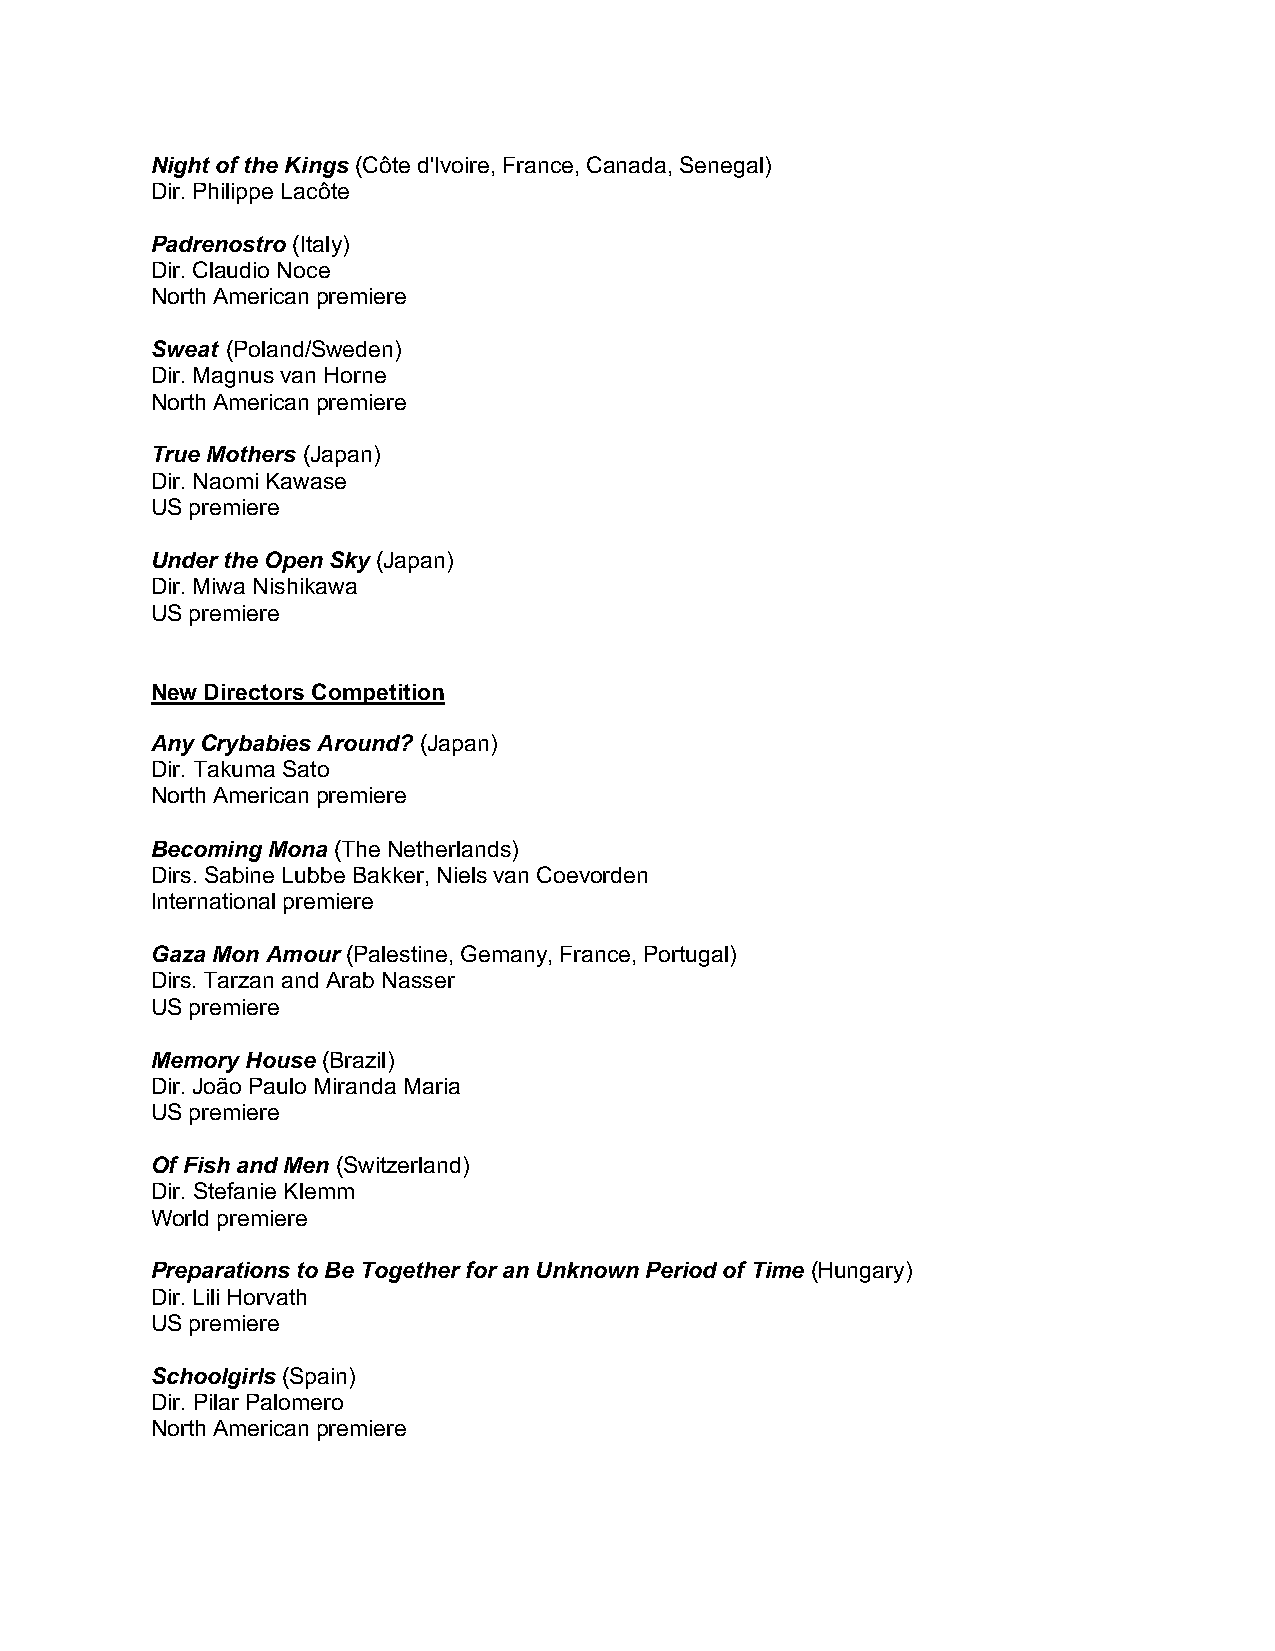
Night of the Kings (Côte d'Ivoire, France, Canada, Senegal)
 Dir. Philippe Lacôte
 Padrenostro (Italy)
 Dir. Claudio Noce
 North American premiere
 Sweat (Poland/Sweden)
 Dir. Magnus van Horne
 North American premiere
 True Mothers (Japan)
 Dir. Naomi Kawase
 US premiere
 Under the Open Sky (Japan)
 Dir. Miwa Nishikawa
 US premiere
 New Directors Competition
 Any Crybabies Around? (Japan)
 Dir. Takuma Sato
 North American premiere
 Becoming Mona (The Netherlands)
 Dirs. Sabine Lubbe Bakker, Niels van Coevorden
 International premiere
 Gaza Mon Amour (Palestine, Gemany, France, Portugal)
 Dirs. Tarzan and Arab Nasser
 US premiere
 Memory House (Brazil)
 Dir. João Paulo Miranda Maria
 US premiere
 Of Fish and Men (Switzerland)
 Dir. Stefanie Klemm
 World premiere
 Preparations to Be Together for an Unknown Period of Time (Hungary)
 Dir. Lili Horvath
 US premiere
 Schoolgirls (Spain)
 Dir. Pilar Palomero
 North American premiere